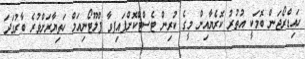
ހައިޑްރޯޖަން ބޮމަކީ އުތުރު ކޮރެޔާއިން މީގެ ކުރިން ޓެސްޓްކޮށްފައިފވާ ޕްލޫޓޯނިއަމް ހަތިޔާރަށްވުރެ ބާރުގަދަ